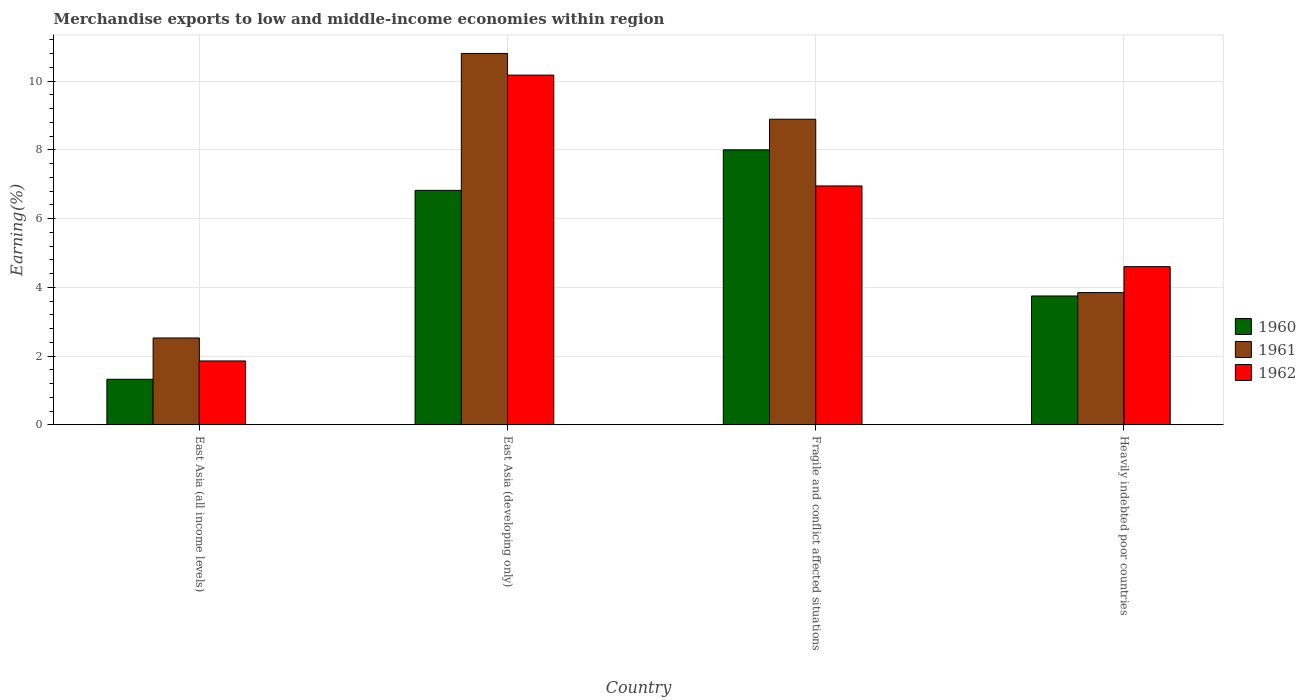
| Country | 1960 | 1961 | 1962 |
 | --- | --- | --- | --- |
 | East Asia (all income levels) | 1.33 | 2.53 | 1.86 |
 | East Asia (developing only) | 6.82 | 10.8 | 10.2 |
 | Fragile and conflict affected situations | 8 | 8.89 | 6.95 |
 | Heavily indebted poor countries | 3.75 | 3.85 | 4.6 |